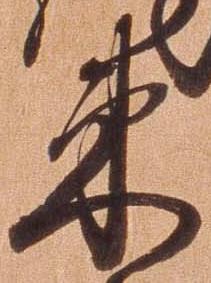
束